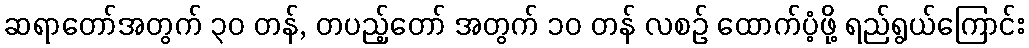
ဆရာတော်အတွက် ၃၀ တန်, တပည့်တော် အတွက် ၁၀ တန် လစဉ် ထောက်ပံ့ဖို့ ရည်ရွယ်ကြောင်း